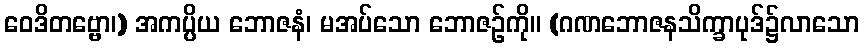
ဝေဒိတဗ္ဗော၊) အကပ္ပိယ ဘောဇနံ၊ မအပ်သော ဘောဇဉ်ကို။ (ဂဏဘောဇနသိက္ခာပုဒ်၌လာသော